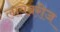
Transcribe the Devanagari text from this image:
लायब्ररीज